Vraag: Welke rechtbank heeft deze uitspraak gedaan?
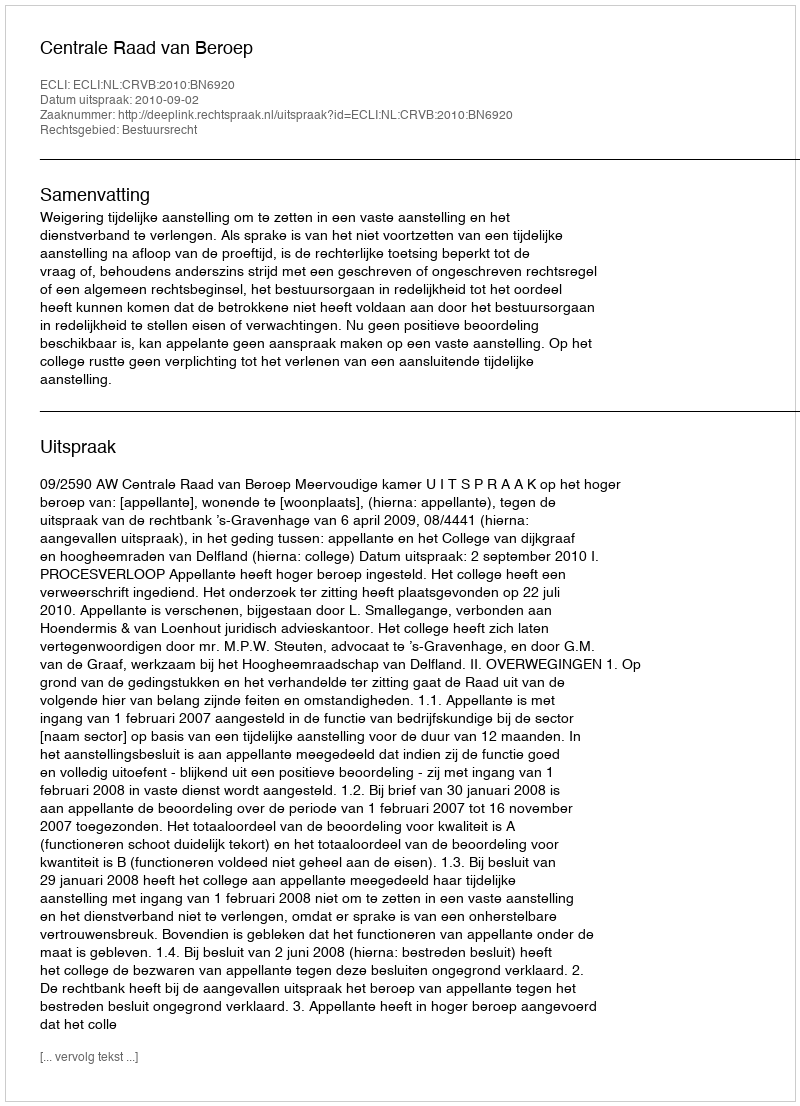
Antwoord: Centrale Raad van Beroep